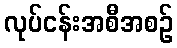
လုပ်ငန်းအစီအစဉ်